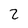
Character: 2